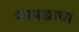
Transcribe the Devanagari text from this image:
फायद्याचा